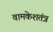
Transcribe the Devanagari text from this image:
वामकेशतंत्र